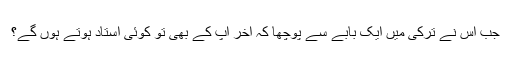
جب اس نے ترکی میں ایک بابے سے پوچھا کہ آخر آپ کے بھی تو کوئی استاد ہوتے ہوں گے؟